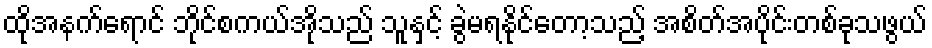
ထိုအနက်ရောင် ဘိုင်စကယ်အိုသည် သူနှင့် ခွဲမရနိုင်တော့သည့် အစိတ်အပိုင်းတစ်ခုသဖွယ်